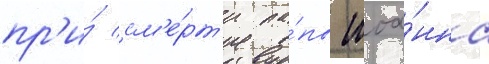
пр'и́ см'е́рт'и па́пы иоа́нна